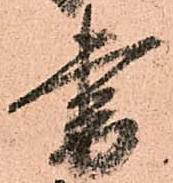
書